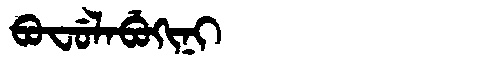
Manchu: ᠪᠣᠸᡠᠯᠠᠪᡠᡴᡳᠨᡳ
Romanization: BOFULABUKINI